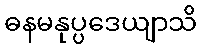
ဓနမနုပ္ပဒေယျာသိ